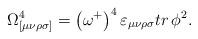
LaTeX: \begin{align*}\Omega _{[\mu \nu \rho \sigma ]}^4=\left( \omega ^{+}\right) ^4\varepsilon_{\mu \nu \rho \sigma }tr\,\phi ^2. \end{align*}